Indian journal of veterinary science and animal husbandry - Volume 7,
Year: 1937
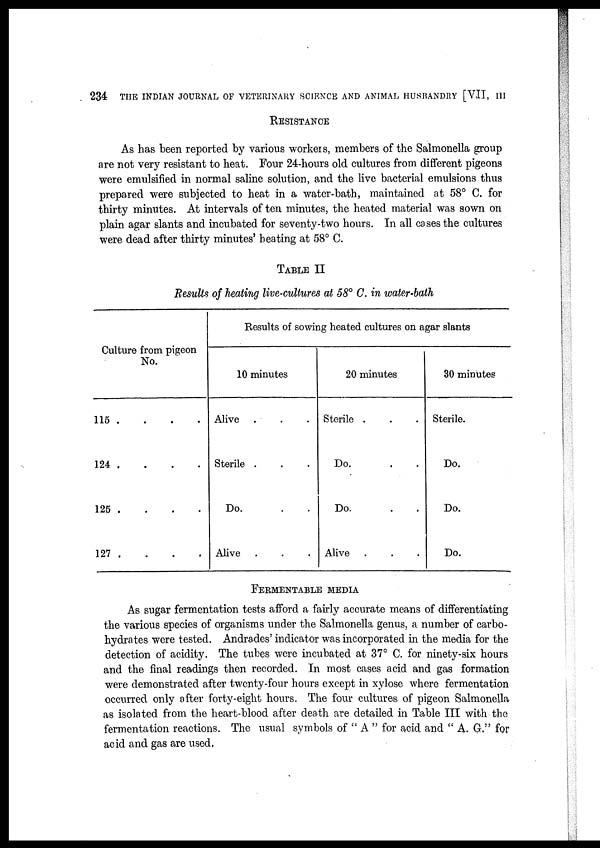
234 THE INDIAN JOURNAL OF VETERINARY SCIENCE AND ANIMAL HUSBANDRY [VII, III
RESISTANCE
As has been reported by various workers, members of the Salmonella group
are not very resistant to heat. Four 24-hours old cultures from different pigeons
were emulsified in normal saline solution, and the live bacterial emulsions thus
prepared were subjected to heat in a water-bath, maintained at 58° C. for
thirty minutes. At intervals of ten minutes, the heated material was sown on
plain agar slants and incubated for seventy-two hours. In all cases the cultures
were dead after thirty minutes' beating at 58° C.
TABLE II
Results of heating live-cultures at 58° C. in water-bath
Culture from pigeon
No.
115 . . . .
124 . . . .
125 . . . .
127 . . . .
Results of sowing heated cultures on agar slants
10 minutes
Alive . . .
Sterile . . .
Do. . .
Alive . . .
20 minutes
Sterile . . .
Do. . .
Do. . .
Alive . . .
30 minutes
Sterile.
Do.
Do.
Do.
FERMENTABLE MEDIA
As sugar fermentation tests afford a fairly accurate means of differentiating
the various species of organisms under the Salmonella genus, a number of carbo-
hydrates were tested. Andrades' indicator was incorporated in the media for the
detection of acidity. The tubes were incubated at 37° C. for ninety-six hours
and the final readings then recorded. In most cases acid and gas formation
were demonstrated after twenty-four hours except in xylose where fermentation
occurred only after forty-eight hours. The four cultures of pigeon Salmonella
as isolated from the heart-blood after death are detailed in Table III with the
fermentation reactions. The usual symbols of " A " for acid and " A. G." for
acid and gas are used.